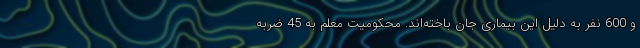
و 600 نفر به دلیل این بیماری جان باخته‌اند. محکومیت معلم به 45 ضربه